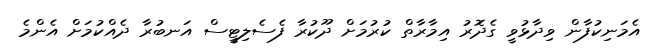
އެމަނިކުފާން ވިދާޅުވީ ގެދޮރު އިމާރާތް ކުރުމަށް ދޫކުރާ ފެސެލިޓީސް އަނބުރާ ދެއްކުމަށް އެންމެ